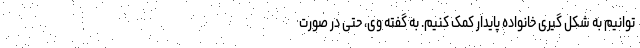
توانیم به شکل گیری خانواده پایدار کمک کنیم. به گفته وی، حتی در صورت